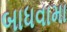
બાધવામા